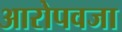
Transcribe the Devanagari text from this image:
आरोपवजा